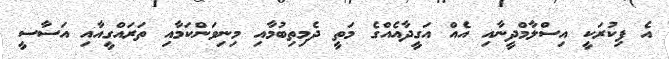
އެ ފިކުރަކީ އިސްލާމްދީނާއި އެއް އަގީދާއެއްގެ މަތީ ދެމިތިބުމާއި މިނިވަންކަމާއި ތަރައްގީއާއި އަސާސީ